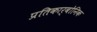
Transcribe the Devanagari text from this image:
प्रतिकार्बोनिक